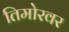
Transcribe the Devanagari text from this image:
तिमोरवर